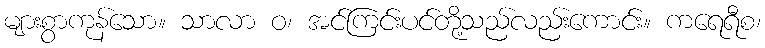
များစွာကုန်သော။ သာလာ ဝ၊ အင်ကြင်းပင်တို့သည်လည်းကောင်း။ ကရေရီစ၊